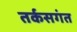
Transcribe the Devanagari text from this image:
तर्कसगंत